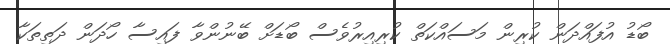
ބޯޑު އުފައްދަން ކުރިން މަސައްކަތް ކުރިއިރުވެސް ބޯޑަށް ބޭނުންވާ ފައިސާ ހޯދަން ދަތިތަކާ